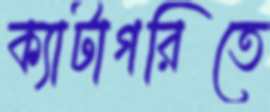
ক্যাটাগরিতে